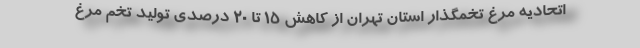
اتحادیه مرغ تخمگذار استان تهران از کاهش ۱۵ تا ۲۰ درصدی تولید تخم مرغ